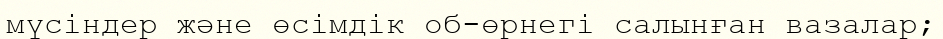
мүсіндер және өсімдік об-өрнегі салынған вазалар;